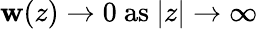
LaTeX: \mathbf{w}(z)\rightarrow0\mathrm{{\ as\ }}|z|\rightarrow\infty